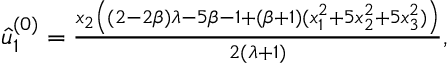
\begin{array} { r } { \hat { u } _ { 1 } ^ { ( 0 ) } = \frac { x _ { 2 } \left( ( 2 - 2 \beta ) \lambda - 5 \beta - 1 + ( \beta + 1 ) ( x _ { 1 } ^ { 2 } + 5 x _ { 2 } ^ { 2 } + 5 x _ { 3 } ^ { 2 } ) \right) } { 2 ( \lambda + 1 ) } , } \end{array}